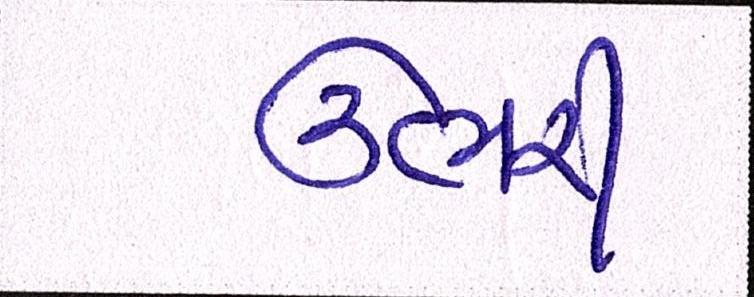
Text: ઉભરી